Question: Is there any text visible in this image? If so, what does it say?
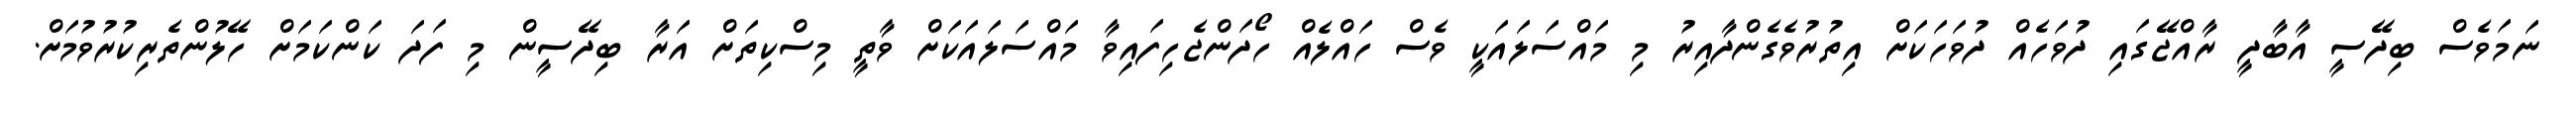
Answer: ނަމަވެސް ބިދޭސީ އާބާދީ ރާއްޖޭގައި ދުވަހެއް ދުވަހަކަށް އިތުރުވެގެންދާއިރު މި މައްސަލައަކީ ވެސް ހައްލެއް ހޯދަންޖެހިފައިވާ މައްސަލައަކަށް ވާތީ މިސްކިތަށް އަރާ ބިދޭސީން މި ފަދަ ކަންކަމަށް ހޭލުންތެރިކުރުވުމަށް.